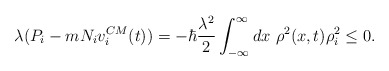
\begin{align*}\lambda (P_{i}- m N_{i} v^{CM}_{i}(t))=-\hbar\frac{\lambda^2}{2}\int^{\infty}_{-\infty}dx ~\rho^2(x,t)\rho_{i}^{2}\le 0.\end{align*}